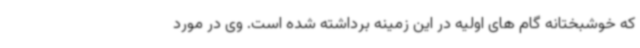
که خوشبختانه گام های اولیه در این زمینه برداشته شده است. وی در مورد